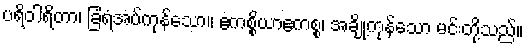
ပရိဝါရိတာ၊ ခြံရံအပ်ကုန်သော။ ဧကစ္စိယာဧကစ္စ၊ အချို့ကုန်သော မင်းတို့သည်။